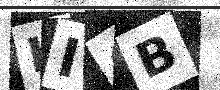
Text: KICB